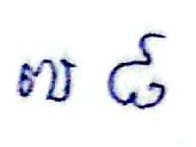
៧ ៨